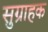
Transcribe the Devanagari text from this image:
सुग्राहक